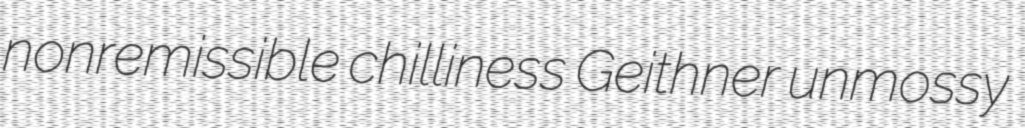
nonremissible chilliness Geithner unmossy